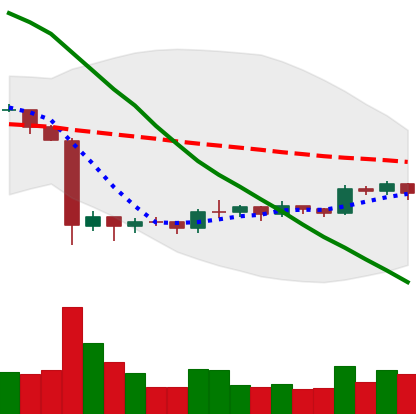
Ticker: EOS-USD
Chart end date: 2019-10-10
Forward return: -5.351%
Label: down_5_7